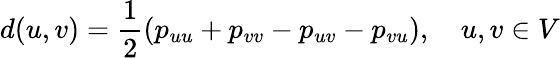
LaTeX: d(u,v)=\frac 12(p_{uu}+p_{vv}-p_{uv}-p_{vu}),\quad u,v\in V